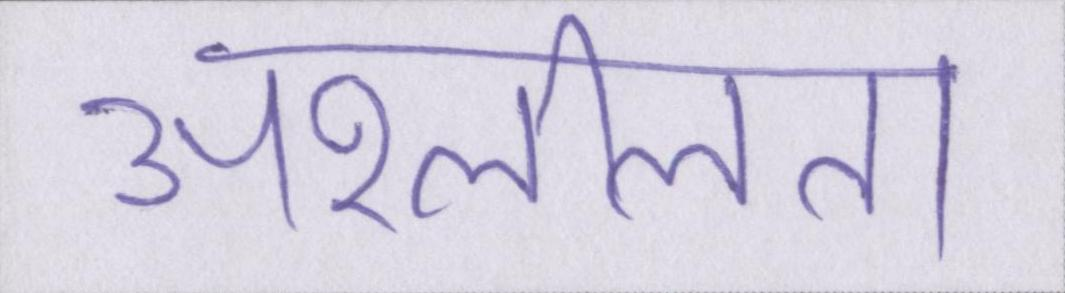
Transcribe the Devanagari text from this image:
अश्लीलता